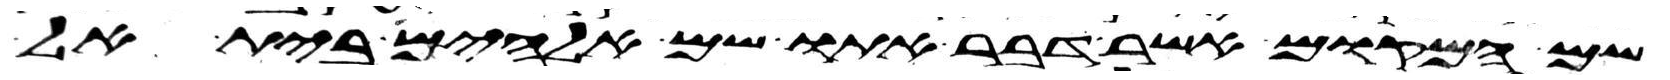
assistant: שם המקום אשר דבר אתו שם אלהים בית אל